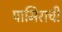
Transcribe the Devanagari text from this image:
पामिराची